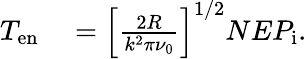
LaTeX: \begin{array}{rl}{T_{\mathrm{en}}}&{{}=\left[\frac{2R}{k^{2}\pi\nu_{0}}\right]^{1/2}NEP_{\mathrm{i}}.}\end{array}